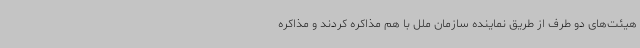
هیئت‌های دو طرف از طریق نماینده سازمان ملل با هم مذاکره کردند و مذاکره